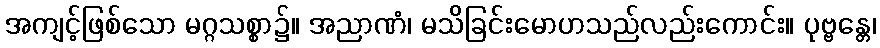
အကျင့်ဖြစ်သော မဂ္ဂသစ္စာ၌။ အညာဏံ၊ မသိခြင်းမောဟသည်လည်းကောင်း။ ပုဗ္ဗန္တေ၊